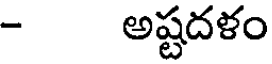
- అష్టదళం